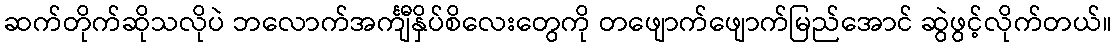
ဆက်တိုက်ဆိုသလိုပဲ ဘလောက်အင်္ကျီနှိပ်စိလေးတွေကို တဖျောက်ဖျောက်မြည်အောင် ဆွဲဖွင့်လိုက်တယ်။